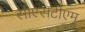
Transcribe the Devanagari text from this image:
सीएसटीएम